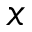
x